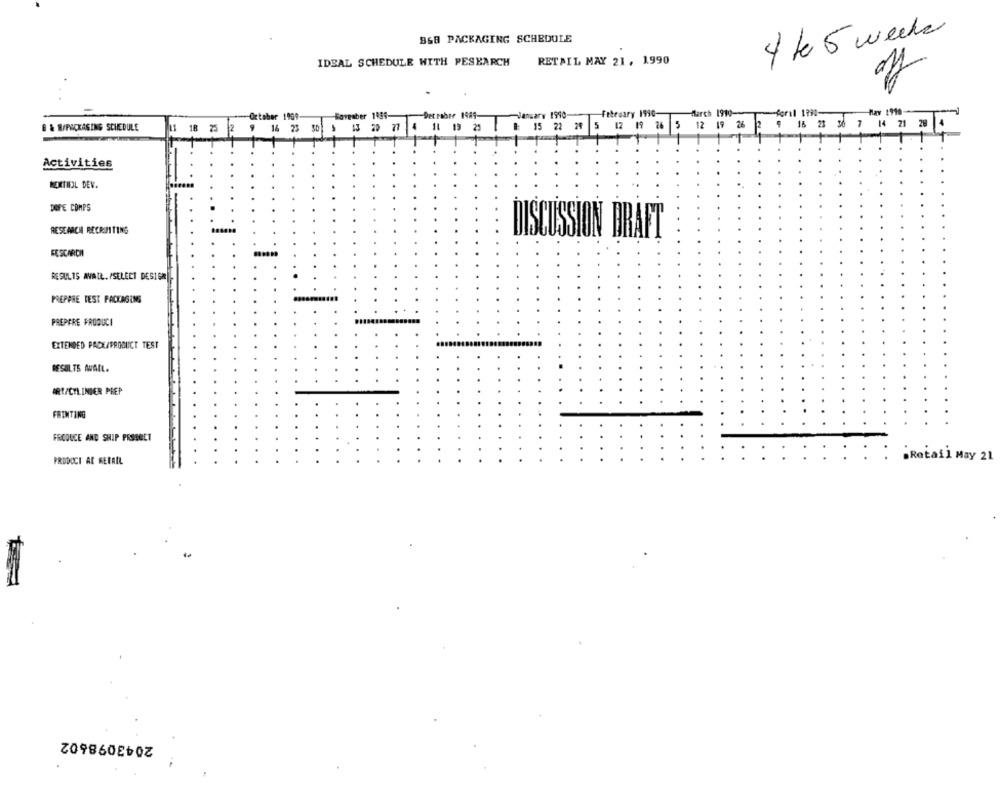
BSB PACKAGING SCHEDULE
4 ke 5 weeks
IDEAL SCHEDULE WITH PESEARCH
RETAIL MAY 21, 1990
-March 1910-
Hay 1910-
October 1909
Bareaber 1989-
Det rober 1489-
January 1990
February 1990-
B & W/PACKAGING SCHEDULE
18
25
16 23 $0
11 19 25
: 15
22
24
5 12 19 26
5 12 19 26
16 23 30 7 14 21 20
Activities
NEXTHOL DEV.
DOVE COMPS
RESEARCH RECRUITING
DISCUSSION DRAFT
EESCARCHA
RESULTS AVAIL. /SELECT DESIGN-
PREPPRE TEST PACKAGING
PREPARE PRODUCI
EXTENDED PACK/PRODUCT TEST
RESULTS AVAIL.
ART/CYLINDER PREP
FRINTING
FROOUCE AND SHIP PRSSGET
Retail May 21
PRODUCT AC RECALL
2043098602